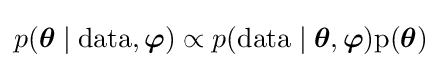
p({\boldsymbol {\theta }}\mid {\text{data}},{\boldsymbol {\varphi }})\propto p({\rm {{data}\mid {\boldsymbol {\theta }},{\boldsymbol {\varphi }})p({\boldsymbol {\theta }})}}